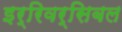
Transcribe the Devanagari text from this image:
इर्रिवर्सिबल